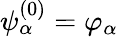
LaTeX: \psi_{\alpha}^{(0)}=\varphi_{\alpha}